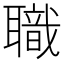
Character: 職